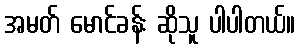
အမတ် မောင်ခန်း ဆိုသူ ပါပါတယ်။